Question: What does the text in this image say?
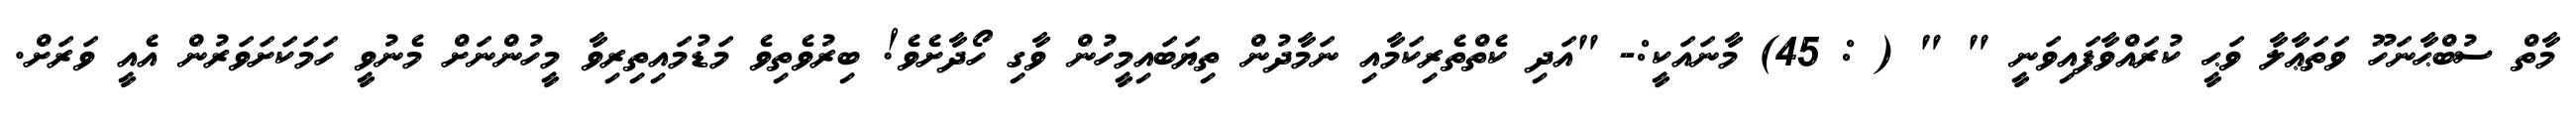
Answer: މާތް ސުބްޙާނަހޫ ވަތަޢާލާ ވަޙީ ކުރައްވާފައިވަނީ " " ( : 45) މާނައަކީ:- "އަދި ކެތްތެރިކަމާއި ނަމާދުން ތިޔަބައިމީހުން ވާގި ހޯދާށެވެ! ބިރުވެތިވެ މަޑުމައިތިރިވާ މީހުންނަށް މެނުވީ ހަމަކަށަވަރުން އެއީ ވަރަށް.